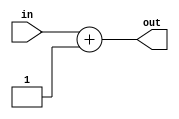
//========== PC Adder ==========//
//increments program counter
module pcAdder(
	input [31:0] in,	//current instruction address
	output [31:0] out //next instruction address
	);

assign out = in + 32'd1;	//address incremented by 1

endmodule